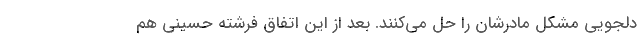
دلجویی مشکل مادرشان را حل می‌کنند. بعد از این اتفاق فرشته حسینی هم